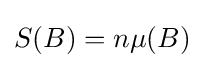
{\textstyle S(B)=n\mu (B)}